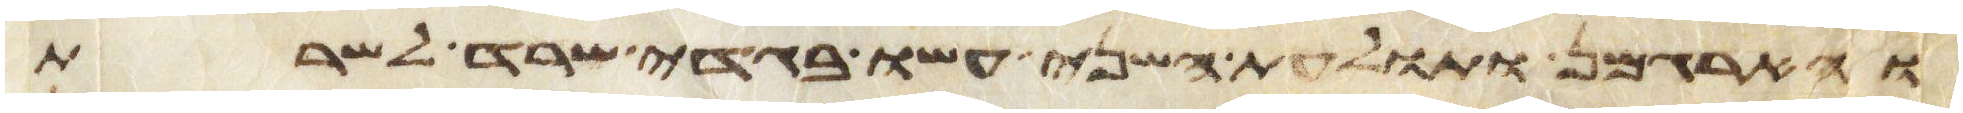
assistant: והארגמן ותולעת השני עשו בגדי שרד לשרת